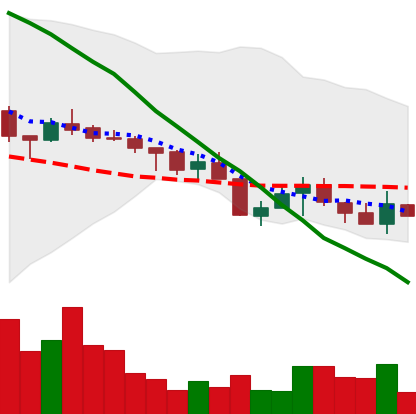
Ticker: XMR-USD
Chart end date: 2018-05-19
Forward return: -13.205%
Label: down_7plus